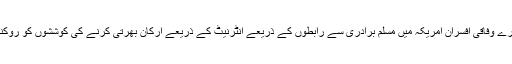
جانسن نے کہا کہ وہ اور دوسرے وفاقی افسران امریکہ میں مسلم برادری سے رابطوں کے ذریعے انٹرنیٹ کے ذریعے ارکان بھرتی کرنے کی کوششوں کو روکنے کی تگ و دو کر رہے ہیں۔